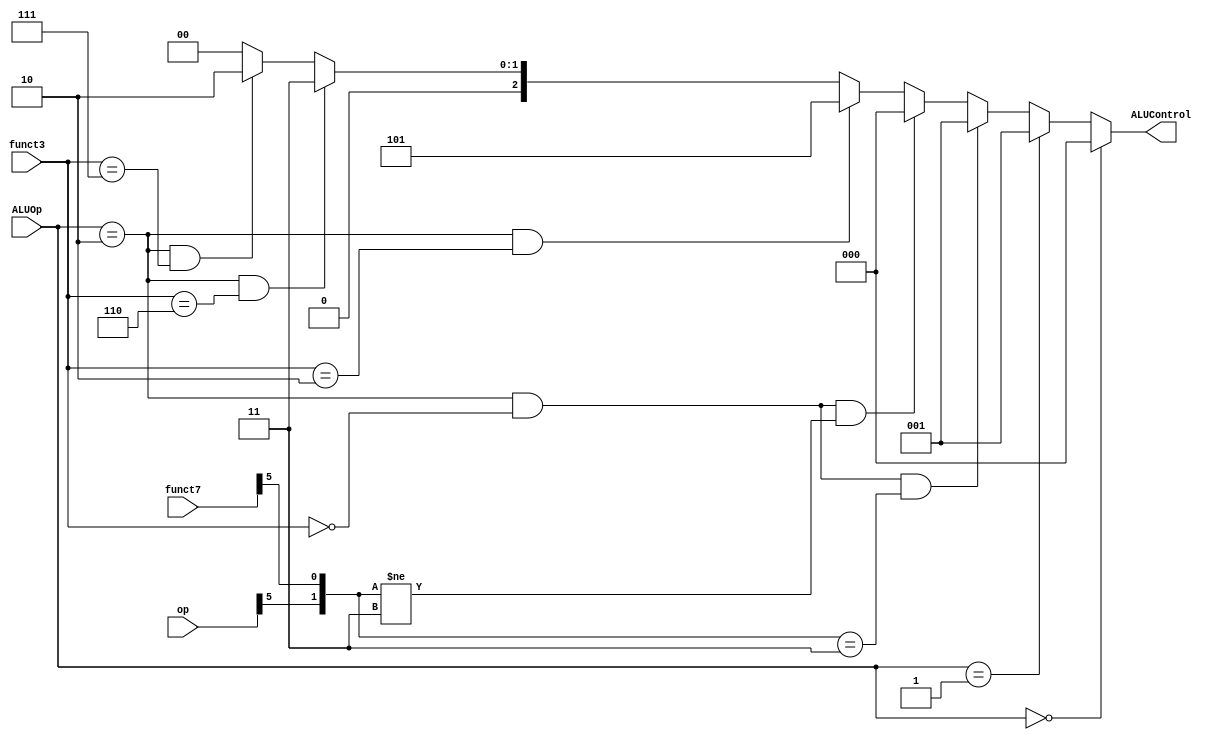
`timescale 1ns / 1ps
//////////////////////////////////////////////////////////////////////////////////
// Company: 
// Engineer: 
// 
// Design Name: 
// Module Name: ALU_Decoder
// Project Name: 
// Target Devices: 
// Tool Versions: 
// Description: 
// 
// Dependencies: 
// 
// Revision:
// Revision 0.01 - File Created
// Additional Comments:
// 
//////////////////////////////////////////////////////////////////////////////////


module ALU_Decoder(ALUOp,funct3,funct7,op,ALUControl);

    input [1:0]ALUOp;
    input [2:0]funct3;
    input [6:0]funct7,op;
    output [2:0]ALUControl;

    // Method 1 
    // assign ALUControl = (ALUOp == 2'b00) ? 3'b000 :
    //                     (ALUOp == 2'b01) ? 3'b001 :
    //                     (ALUOp == 2'b10) ? ((funct3 == 3'b000) ? ((({op[5],funct7[5]} == 2'b00) | ({op[5],funct7[5]} == 2'b01) | ({op[5],funct7[5]} == 2'b10)) ? 3'b000 : 3'b001) : 
    //                                         (funct3 == 3'b010) ? 3'b101 : 
    //                                         (funct3 == 3'b110) ? 3'b011 : 
    //                                         (funct3 == 3'b111) ? 3'b010 : 3'b000) :
    //                                        3'b000;

    // Method 2
    assign ALUControl = (ALUOp == 2'b00) ? 3'b000 :
                        (ALUOp == 2'b01) ? 3'b001 :
                        ((ALUOp == 2'b10) & (funct3 == 3'b000) & ({op[5],funct7[5]} == 2'b11)) ? 3'b001 : 
                        ((ALUOp == 2'b10) & (funct3 == 3'b000) & ({op[5],funct7[5]} != 2'b11)) ? 3'b000 : 
                        ((ALUOp == 2'b10) & (funct3 == 3'b010)) ? 3'b101 : 
                        ((ALUOp == 2'b10) & (funct3 == 3'b110)) ? 3'b011 : 
                        ((ALUOp == 2'b10) & (funct3 == 3'b111)) ? 3'b010 : 
                                                                  3'b000 ;
endmodule